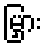
မြှား